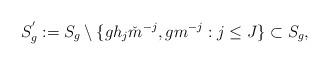
LaTeX: \begin{align*}S^{'}_{g}:=S_{g}\setminus \{ gh_{j}\check{m}^{-j}, gm^{-j}: j\leq J\}\subset S_{g},\end{align*}